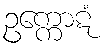
ဥက္ကောဋံ